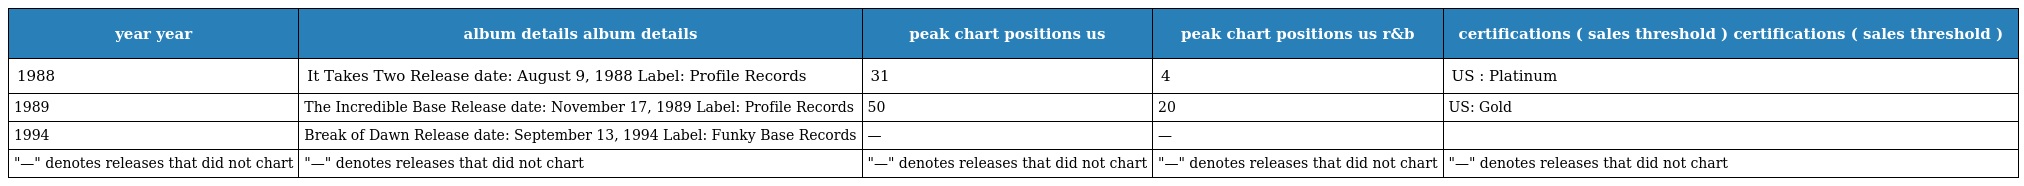
| year year | album details album details | peak chart positions us | peak chart positions us r&b | certifications ( sales threshold ) certifications ( sales threshold ) |
 | --- | --- | --- | --- | --- |
 | 1988 | It Takes Two Release date: August 9, 1988 Label: Profile Records | 31 | 4 | US : Platinum |
 | 1989 | The Incredible Base Release date: November 17, 1989 Label: Profile Records | 50 | 20 | US: Gold |
 | 1994 | Break of Dawn Release date: September 13, 1994 Label: Funky Base Records | — | — |  |
 | "—" denotes releases that did not chart | "—" denotes releases that did not chart | "—" denotes releases that did not chart | "—" denotes releases that did not chart | "—" denotes releases that did not chart |